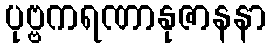
ပုဗ္ဗကရဏာနုဇာနနာ